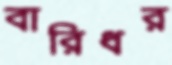
বারিধর